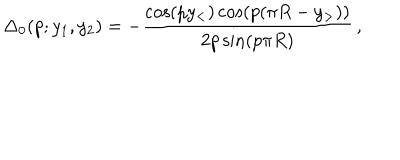
\Delta _ { 0 } ( p ; y _ { 1 } , y _ { 2 } ) = - \frac { \cos ( p y _ { < } ) \cos ( p ( \pi R - y _ { > } ) ) } { 2 p \sin ( p \pi R ) } \, ,